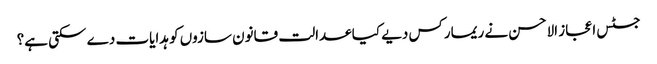
جسٹس اعجاز الاحسن نے ریمارکس دیے کیا عدالت قانون سازوں کو ہدایات دے سکتی ہے؟